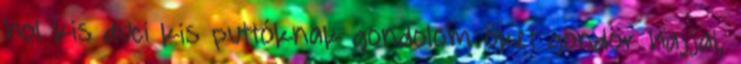
hol kis duci kis puttóknak gondolom őket göndör hajjal,